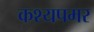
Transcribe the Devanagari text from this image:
कश्यपमर